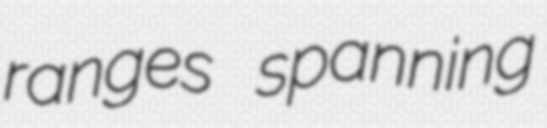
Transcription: ranges spanning